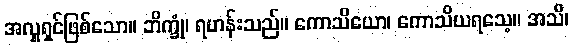
အလှူရှင်ဖြစ်သော။ ဘိက္ခုံ၊ ရဟန်းသည်။ ကောသိယော၊ ကောသိယရသေ့။ အသိ၊